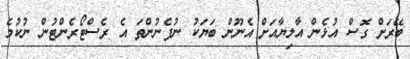
ބޭރަށް ގޮސް އުޅެން އާލިޔާއަށް އެނޫން ބަޔަކު ނުފެނުންތަ އެ ރެސްޓޯރެންޓުން ނުކުމެ